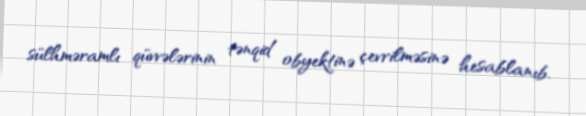
sülhməramlı qüvvələrinin tənqid obyektinə çevrilməsinə hesablanıb.